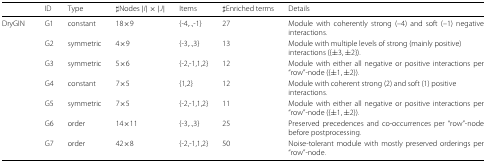
|  | ID | Type | ♯Nodes |I|×|J| | Items | ♯Enriched terms | Details |
 | --- | --- | --- | --- | --- | --- | --- |
 | DryGIN | G1 | constant | 18 ×9 | {-4,..,-1} | 27 | Module with coherently strong (–4) and soft (–1) negative interactions. |
 |  | G2 | symmetric | 4 ×9 | {-3,..,3} | 13 | Module with multiple levels of strong (mainly positive) interactions ({ ±3,±2}). |
 |  | G3 | symmetric | 5 ×6 | {-2,-1,1,2} | 12 | Module with either all negative or positive interactions per “row”-node ({ ±1,±2}). |
 |  | G4 | constant | 7 ×5 | {1,2} | 12 | Module with coherent strong (2) and soft (1) positive interactions. |
 |  | G5 | symmetric | 7 ×5 | {-2,-1,1,2} | 11 | Module with either all negative or positive interactions per “row”-node ({ ±1,±2}). |
 |  | G6 | order | 14 ×11 | {-3,..,3} | 25 | Preserved precedences and co-occurrences per “row”-node before postprocessing. |
 |  | G7 | order | 42 ×8 | {-2,-1,1,2} | 50 | Noise-tolerant module with mostly preserved orderings per “row”-node. |